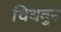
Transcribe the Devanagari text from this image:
चिथवुन